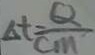
\Delta t = \frac { Q } { c m }